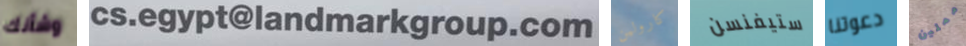
وشأنك cs.egypt@landmarkgroup.com كارولين ستيفنسن دعوتنا مملين